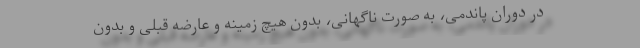
در دوران پاندمی، به صورت ناگهانی، بدون هیچ زمینه و عارضه قبلی و بدون